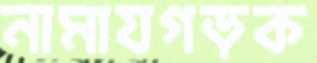
নামাযগড়ক